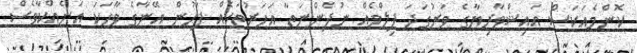
ކޮންމެއަކަސް އައިޝްވާރިޔާގެ ވަރުގަދަ ފިލްމެއް ނުފެންނަތާ އަހަރުތަކެއް ފަހުން އޭނާގެ ވާހަކަ އަނެއްކާވެސް